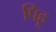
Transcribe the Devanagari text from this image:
पिहू